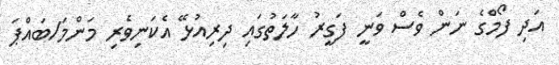
އަދި ފޯމްގެ ނަން ވެސް ވަނީ ފަގީރު ހާލަތުގައި ދިރިއުޅޭ އެކަނިވެރި މަންމަ/ބައްޕަ